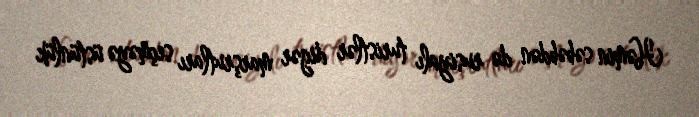
Həmin səbəbdən də rusiyalı turistlər digər marşrutları seçməyə üstünlük